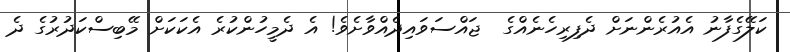
ކަލޭގެފާނު އެއުރެންނަށް ދެފިރިހެނެއްގެ  ޖައްސަވައިދެއްވާށެވެ! އެ ދެމީހުންކުރެ އެކަކަށް މޭބިސްކަދުރުގެ ދެ